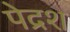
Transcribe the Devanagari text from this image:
पेद्रश